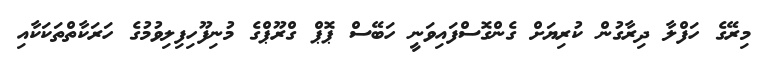
މިރޭގެ ހަފްލާ ދިރާގުން ކުރިޔަށް ގެންގޮސްފައިވަނީ ހަބޭސް ޕޮޕް ގްރޫޕްގެ މުނިފޫހިފިލިވުމުގެ ހަރަކާތްތަކަކާއި